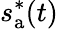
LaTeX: s_{\mathrm{a}}^{*}(t)